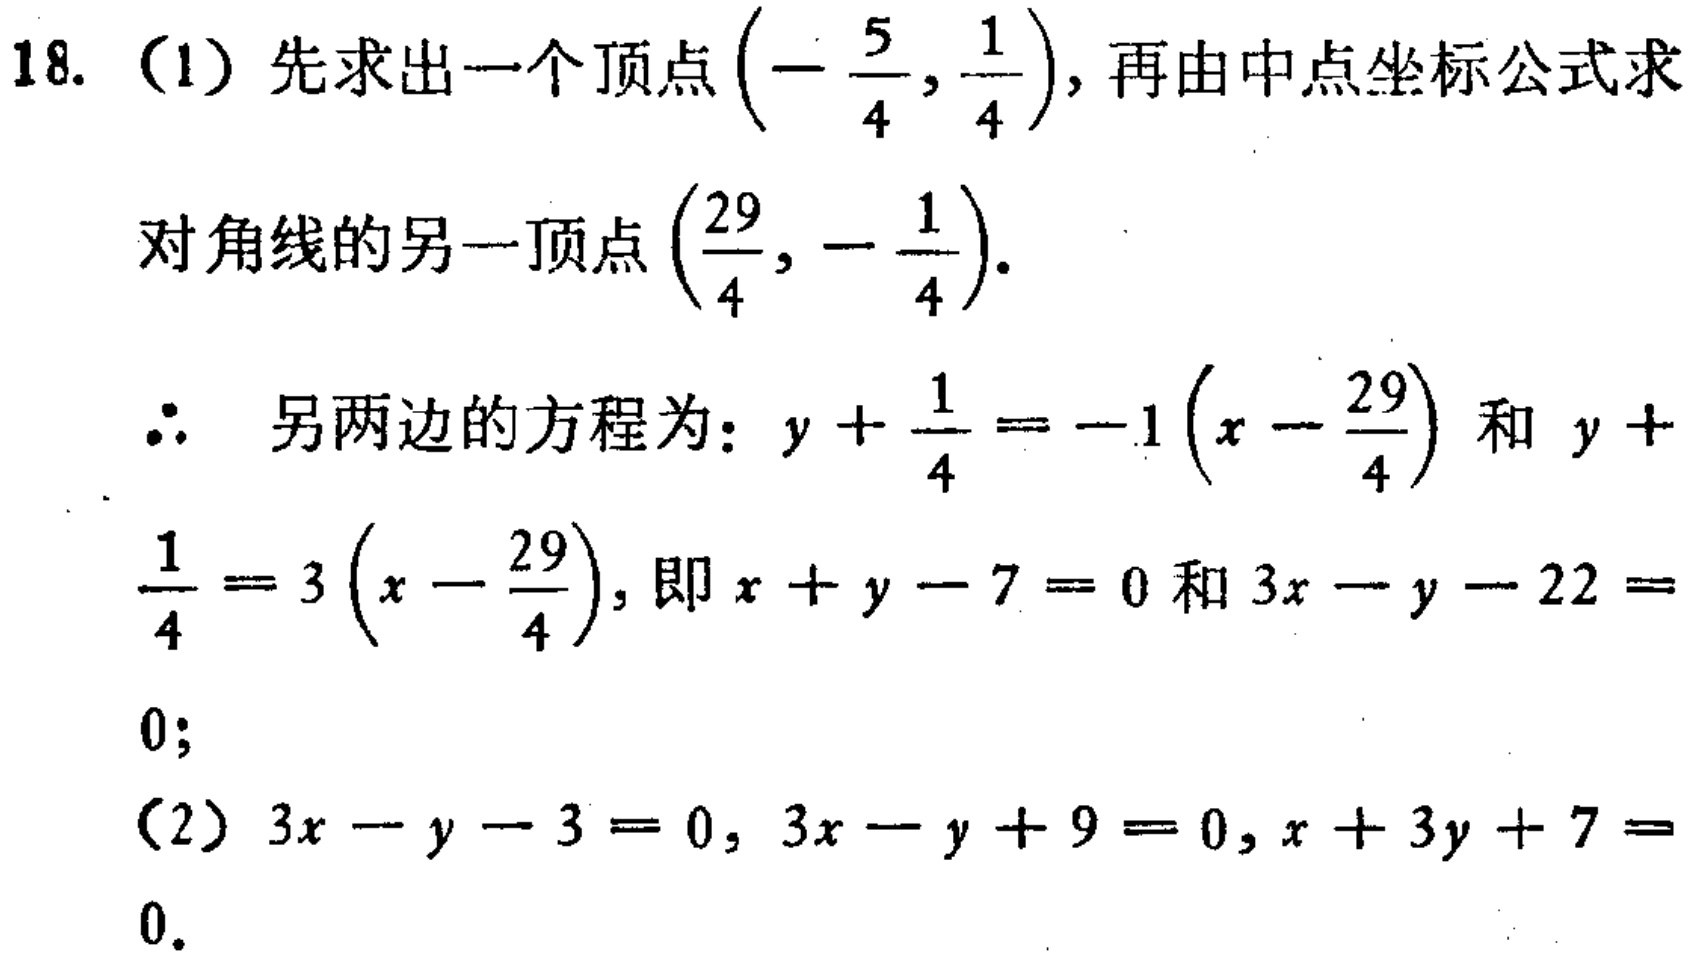
18. （1）先求出一个顶点\(\left(-\frac{5}{4},\frac{1}{4}\right)\)，再由中点坐标公式求
对角线的另一顶点\(\left(\frac{29}{4},-\frac{1}{4}\right)\)。
\(\therefore\) 另两边的方程为：\(y + \frac{1}{4} = -1\left(x - \frac{29}{4}\right)\) 和 \(y +\)
\(\frac{1}{4} = 3\left(x - \frac{29}{4}\right)\)，即\(x + y - 7 = 0\) 和 \(3x - y - 22 =\)
\(0\)；
（2）\(3x - y - 3 = 0\)，\(3x - y + 9 = 0\)，\(x + 3y + 7 =\)
\(0\)。